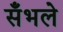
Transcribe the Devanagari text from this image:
सँभले